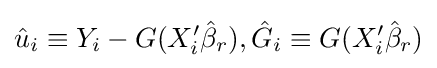
{\hat {u}}_{i}\equiv Y_{i}-G(X_{i}'{\hat {\beta }}_{r}),{\hat {G}}_{i}\equiv G(X_{i}'{\hat {\beta }}_{r})